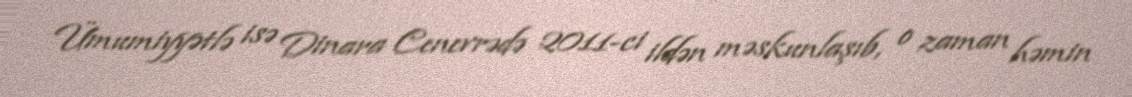
Ümumiyyətlə isə Dinara Cenevrədə 2011-ci ildən məskunlaşıb, o zaman həmin